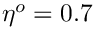
\eta ^ { o } = 0 . 7